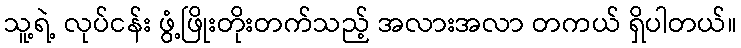
သူ့ရဲ့ လုပ်ငန်း ဖွံ့ဖြိုးတိုးတက်သည့် အလားအလာ တကယ် ရှိပါတယ်။